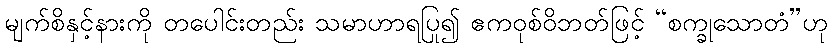
မျက်စိနှင့်နားကို တပေါင်းတည်း သမာဟာရပြု၍ ဧကဝုစ်ဝိဘတ်ဖြင့် “စက္ခုသောတံ”ဟု